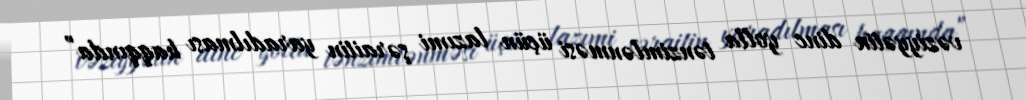
vəziyyətin dinc yolla tənzimlənməsi üçün lazımi şəraitin yaradılması haqqında”